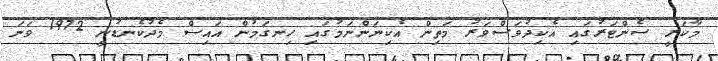
މާކަރީ ސެންޓަރުގައި އެކިދުވަސްވަރު މަތިން އެކިނަންނަމުގައި ހިނގަމުން އައިސް މެދުކެނޑުނީ 1972 ވަނަ